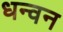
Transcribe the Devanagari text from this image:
धन्वन